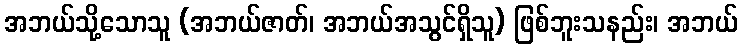
အဘယ်သို့သောသူ (အဘယ်ဇာတ်၊ အဘယ်အသွင်ရှိသူ) ဖြစ်ဘူးသနည်း၊ အဘယ်